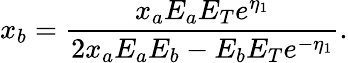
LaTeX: x_{b}=\frac{x_{a}E_{a}E_{T}e^{\eta_{1}}}{2x_{a}E_{a}E_{b}-E_{b}E_{T}e^{-\eta_{1}}}.